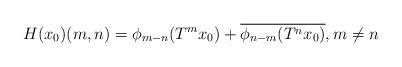
LaTeX: \begin{align*}H(x_0)(m,n)=\phi_{m-n}(T^{m}x_0)+\overline{\phi_{n-m}(T^{n}x_0)},m\neq n\end{align*}